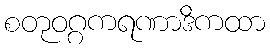
စတုဝဂ္ဂကရဏာဒိကထာ